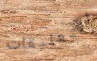
التعليقات